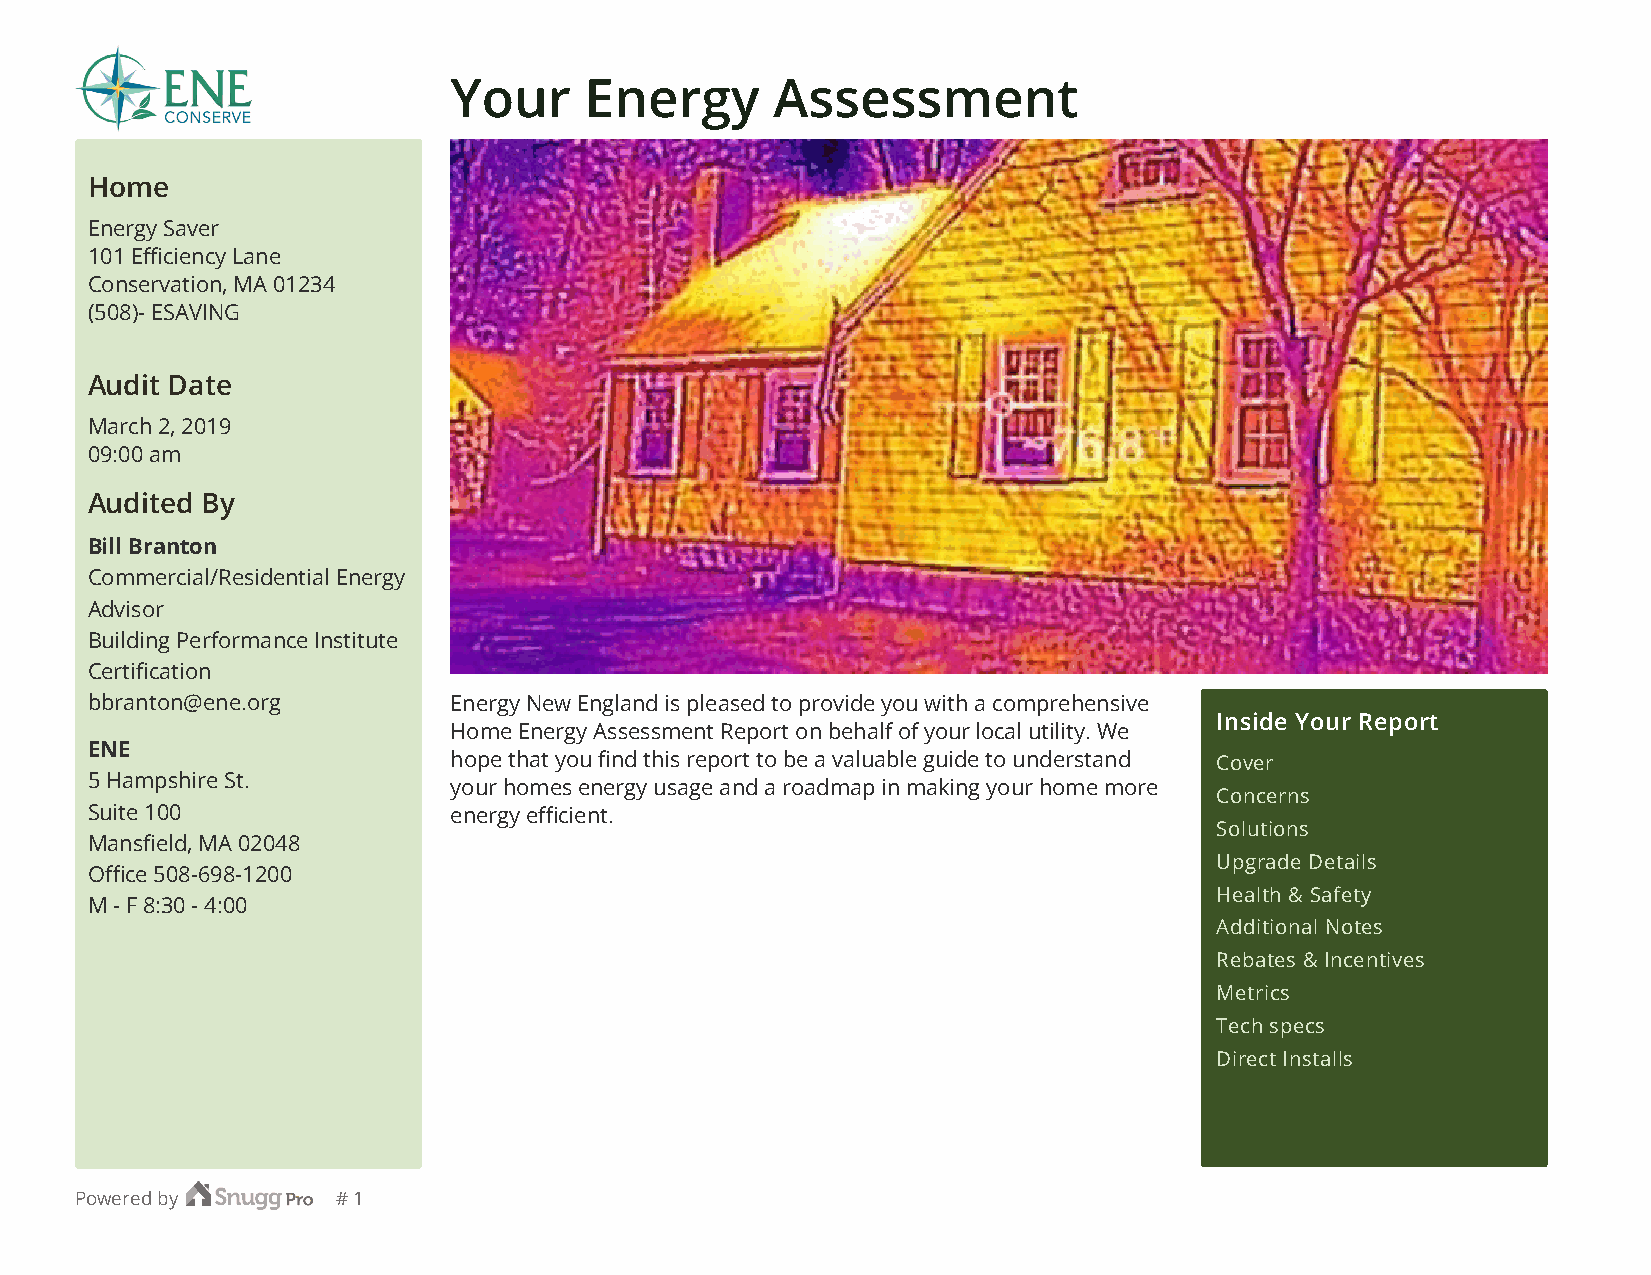
Your     Energy      Assessment
 Home
 Energy Saver
 101 Efficiency Lan e
 Conservation, MA 01 234
 (508)- ESAVING
 Audit Date
 March 2, 201 9
 09:00 am
 Audited By
 Bill Branton
 Commercial/Residential Energy
 Advisor
 Building Performance Institute
 Certication
 bbranton@ene.org        Energy New England is pleased to provide you with a comprehensive
 Inside Your Report
 Home Energy Assessment Report on behalf of your local utility. We
 ENE
 hope that you nd this report to be a valuable guide to understand Cover
 5 Hampshire St.
 your homes energy usage and a roadmap in making your home more
 Concerns
 Suite 100               energy ecient.
 Solutions
 Mansfield, MA 02048
 Upgrade Details
 Oce 508-698-1200
 Health & Safety
 M - F8:30 - 4:00
 Additional Notes
 Rebates & Incentives
 Metrics
 Tech specs
 Direct Installs
 Powered by       #1